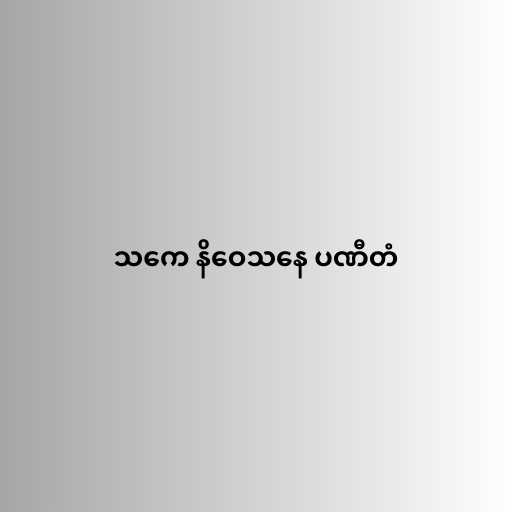
သကေ နိဝေသနေ ပဏီတံ